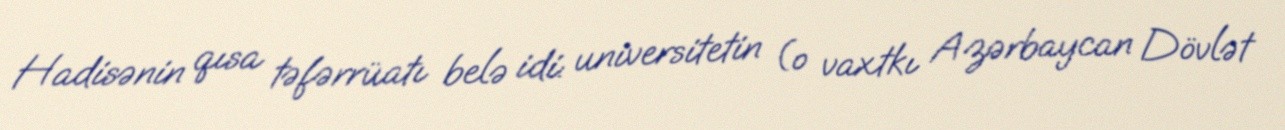
Hadisənin qısa təfərrüatı belə idi: universitetin (o vaxtkı Azərbaycan Dövlət